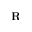
\mathbf { R }